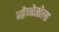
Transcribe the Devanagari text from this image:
व्हेनेतोला